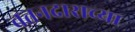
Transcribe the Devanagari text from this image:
वतनदाराच्या